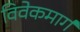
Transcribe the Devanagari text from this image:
विवेकमार्ग